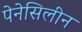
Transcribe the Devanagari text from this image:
पेनेसिलीन